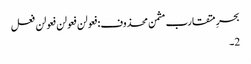
بحرِ متقارب مثمن محذوف:فعولن فعولن فعولن فعل
2۔